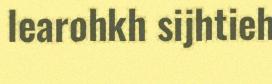
learohkh sijhtieh